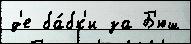
д'е ба́бк'и за Б'юш